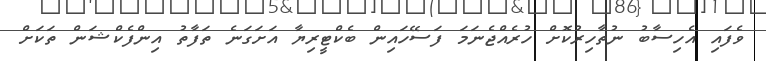
ވެފައި އެހިސާބު ނުތާހިރުކޮށް ހުރެއްޖެނަމަ ފަސޭހައިން ބެކްޓީރިޔާ އަށަގަނެ ތަފާތު އިންފެކްޝަން ތަކަށް